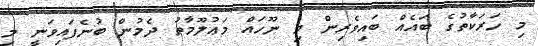
މި ހަރަކާތުގެ ބައެއް ބައިވެރިން މި ނޫހައް މަޢުލޫމާތު ދެމުން ބުނެފައިވަނީ މި